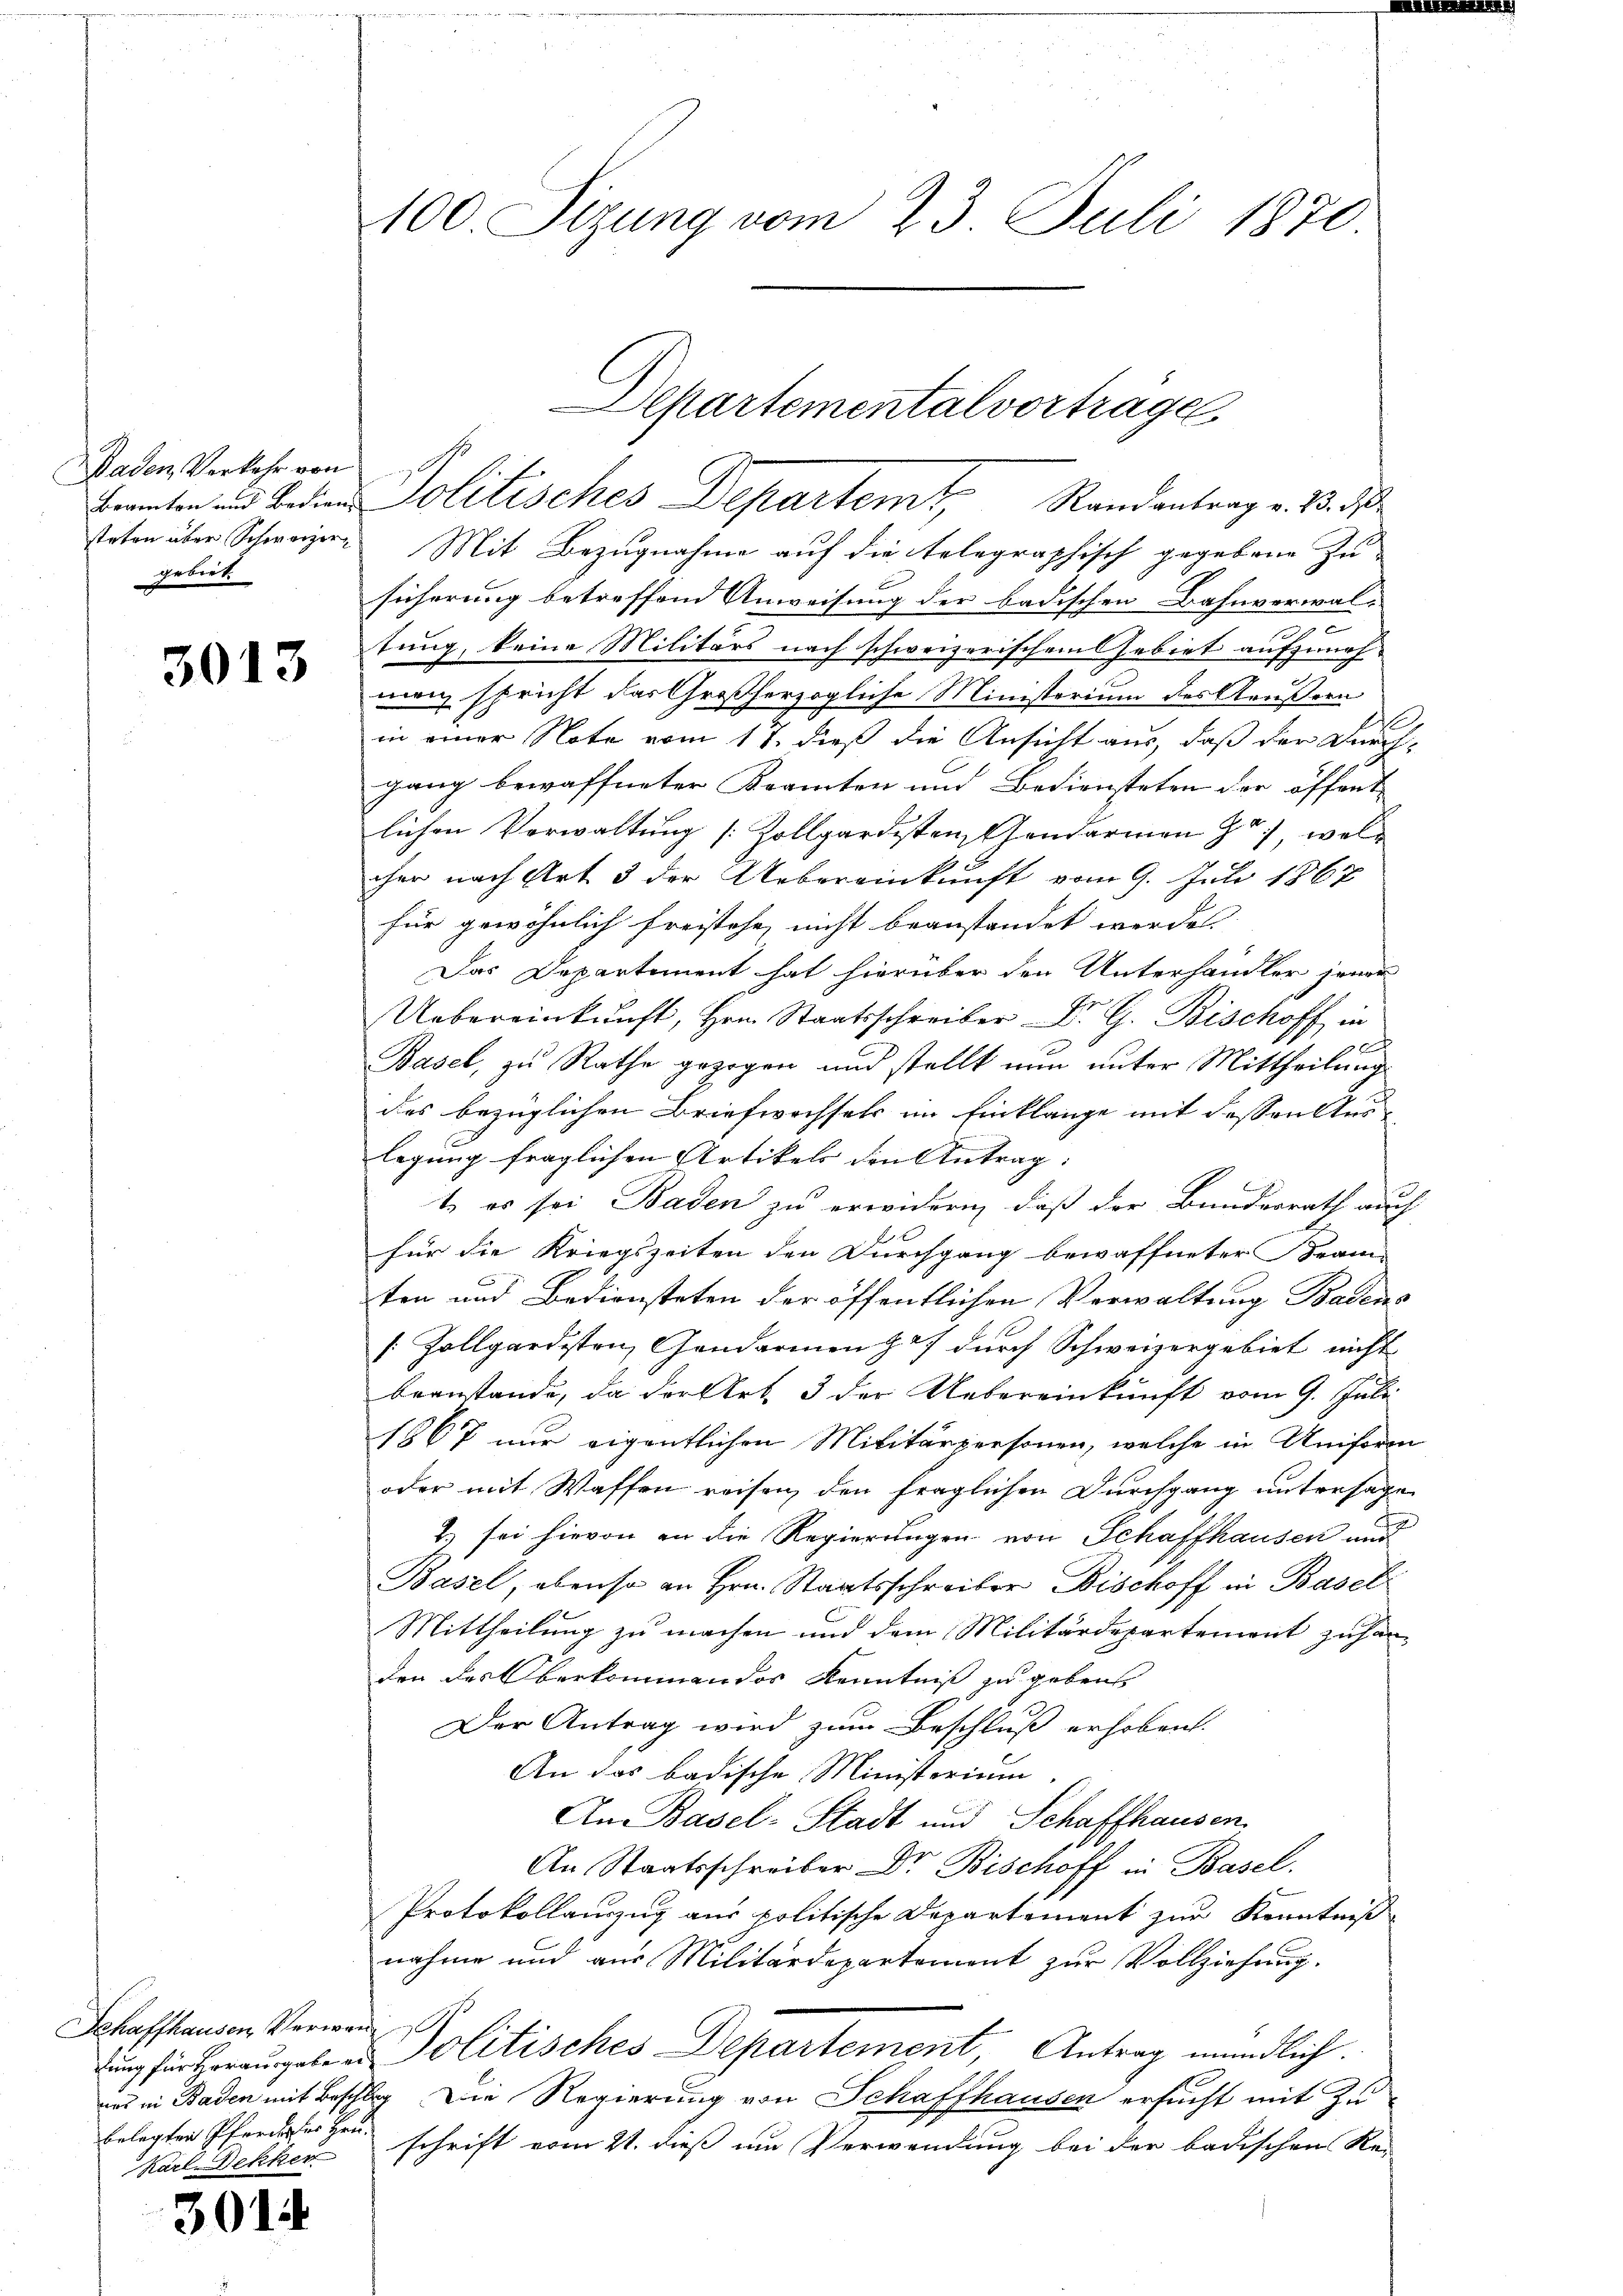
Baden Verkehr von
gebiet.

3013

steten über Schwarzer Mit Bezugnahme auf die telegraphisch gegebene Zu-
sicherung betreffend Anweisung der badischen Bahnverwal-
2
tung, keine Militärs nach schweizerischem Gebiet aufzunehman spricht das Großherzogliche Ministerium des Kaußern
in einer Note vom 11. dieß die Ansicht aus, daß der Durch-
gang bewaffneter Beamten und Bediensteten der öffent- |
lichen Verwaltung [Zollgardistenz andarmen , welcher nach Art 3 der Uebereinkunft vom 9. Juli 1867
für gewöhnlich freistehe nicht beanstandet werden. |
Das Departement hat hierüber den Unterhandler jener
Uebereinkunft, Hrn. Staatsschreiber Dr. G. Bischoff in

Basel, zu Rathe gezogen und stellt nun unter Mittheilung
des bezüglichen Briefwechsels im Einklange mit dessen Auslegung fraglichen Artikels den Antrag. |
te es sei Baden zu erwidern, daß der Bundesrath auch
für die Kriegszeiten den Durchgang bewaffneter Kram-
ten und Bediensteten der öffentlichen Verwaltung Badens
[ Zollgardesten, Gendarmen 27 durch Schweizergebiet nicht
beanstande, da der Art. 3 der Uebereinkunft vom 9. Juli
1867 nur eigentlichen Militärpersonen, welche in Uniform
oder mit Waffen reisen, den fraglichen Durchgang untersage
2.) sei hievon an die Regierungen von Schaffhausen und
Basel, ebenso an Hrn. Staatsschreiber Bischoff in Basel
Mittheilung zu machen und dem Militärdepartement zu han-
den des Oberkommendor Kenntniß zu gebens
Der Antrag wird zum Beschluß erhoben.
An das badische Ministerium.
An Basel-Stadt und Schaffhausen,
An Staatsschreiber Dr. Bischoff in Basel.
Protokollauszug aus politische Departement zur Kenntniß
nahme und aus Militärdepartement zur Vollziehung.
dung für Herausgeben Politisches Departement, Antrag mündlich.
uns in Baden mit Beschlag Die Regierung von Schaffhausen ersucht mit Zuschrift vom 21. dieß um Verwendung bei der badischen Re-

Schaffhausen, Verwan
belegten Pfarre der Hrn.
Karl Bekker

301.

100. Sizung vom 23. Juli 1870

Departemental vortrage
Branten und bedien Politisches Departemt, Randantrag v. 13. 50